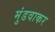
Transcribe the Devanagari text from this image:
मुंडवाकर